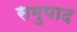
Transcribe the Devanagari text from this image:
समुपाद